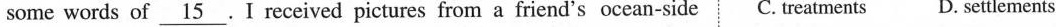
some words of \underline{15} .I received pictures from a friend's ocean-side C. Treatments D. Settlements